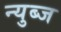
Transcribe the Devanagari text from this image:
न्युब्ज